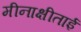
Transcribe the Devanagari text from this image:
मीनाक्षीताई